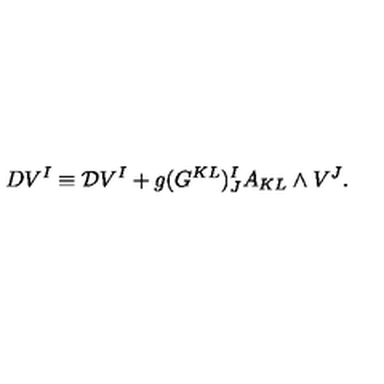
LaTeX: D V ^ { I } \equiv { \cal D } V ^ { I } + g ( G ^ { K L } ) _ { J } ^ { I } A _ { K L } \wedge V ^ { J } .